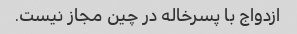
ازدواج با پسرخاله در چین مجاز نیست.